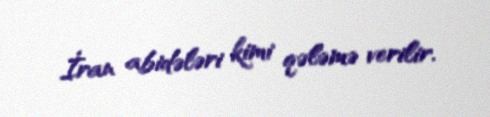
İran abidələri kimi qələmə verilir.